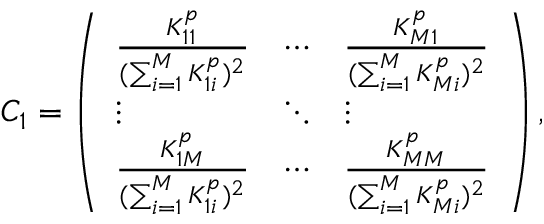
C _ { 1 } = \left( \begin{array} { l l l } { \frac { K _ { 1 1 } ^ { p } } { ( \sum _ { i = 1 } ^ { M } K _ { 1 i } ^ { p } ) ^ { 2 } } } & { \cdots } & { \frac { K _ { M 1 } ^ { p } } { ( \sum _ { i = 1 } ^ { M } K _ { M i } ^ { p } ) ^ { 2 } } } \\ { \vdots } & { \ddots } & { \vdots } \\ { \frac { K _ { 1 M } ^ { p } } { ( \sum _ { i = 1 } ^ { M } K _ { 1 i } ^ { p } ) ^ { 2 } } } & { \cdots } & { \frac { K _ { M M } ^ { p } } { ( \sum _ { i = 1 } ^ { M } K _ { M i } ^ { p } ) ^ { 2 } } } \end{array} \right) ,